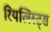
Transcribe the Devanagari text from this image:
रियलिस्ट्स